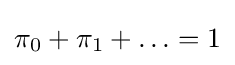
\pi _{0}+\pi _{1}+\ldots =1